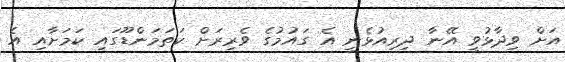
އަށް ވިދާޅުވީ އޭނާ ދިރިއުޅެނީ އެ ގައުމުގެ ވެރިރަށް ކަތަމަންޑޫގައި ކަމަށާއި އެ